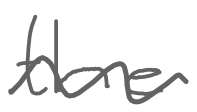
Text: the
Cross-out: wave
Writing tool: digital_gray